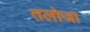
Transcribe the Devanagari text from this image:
तलोजा